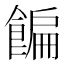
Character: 䭏